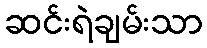
ဆင်းရဲချမ်းသာ